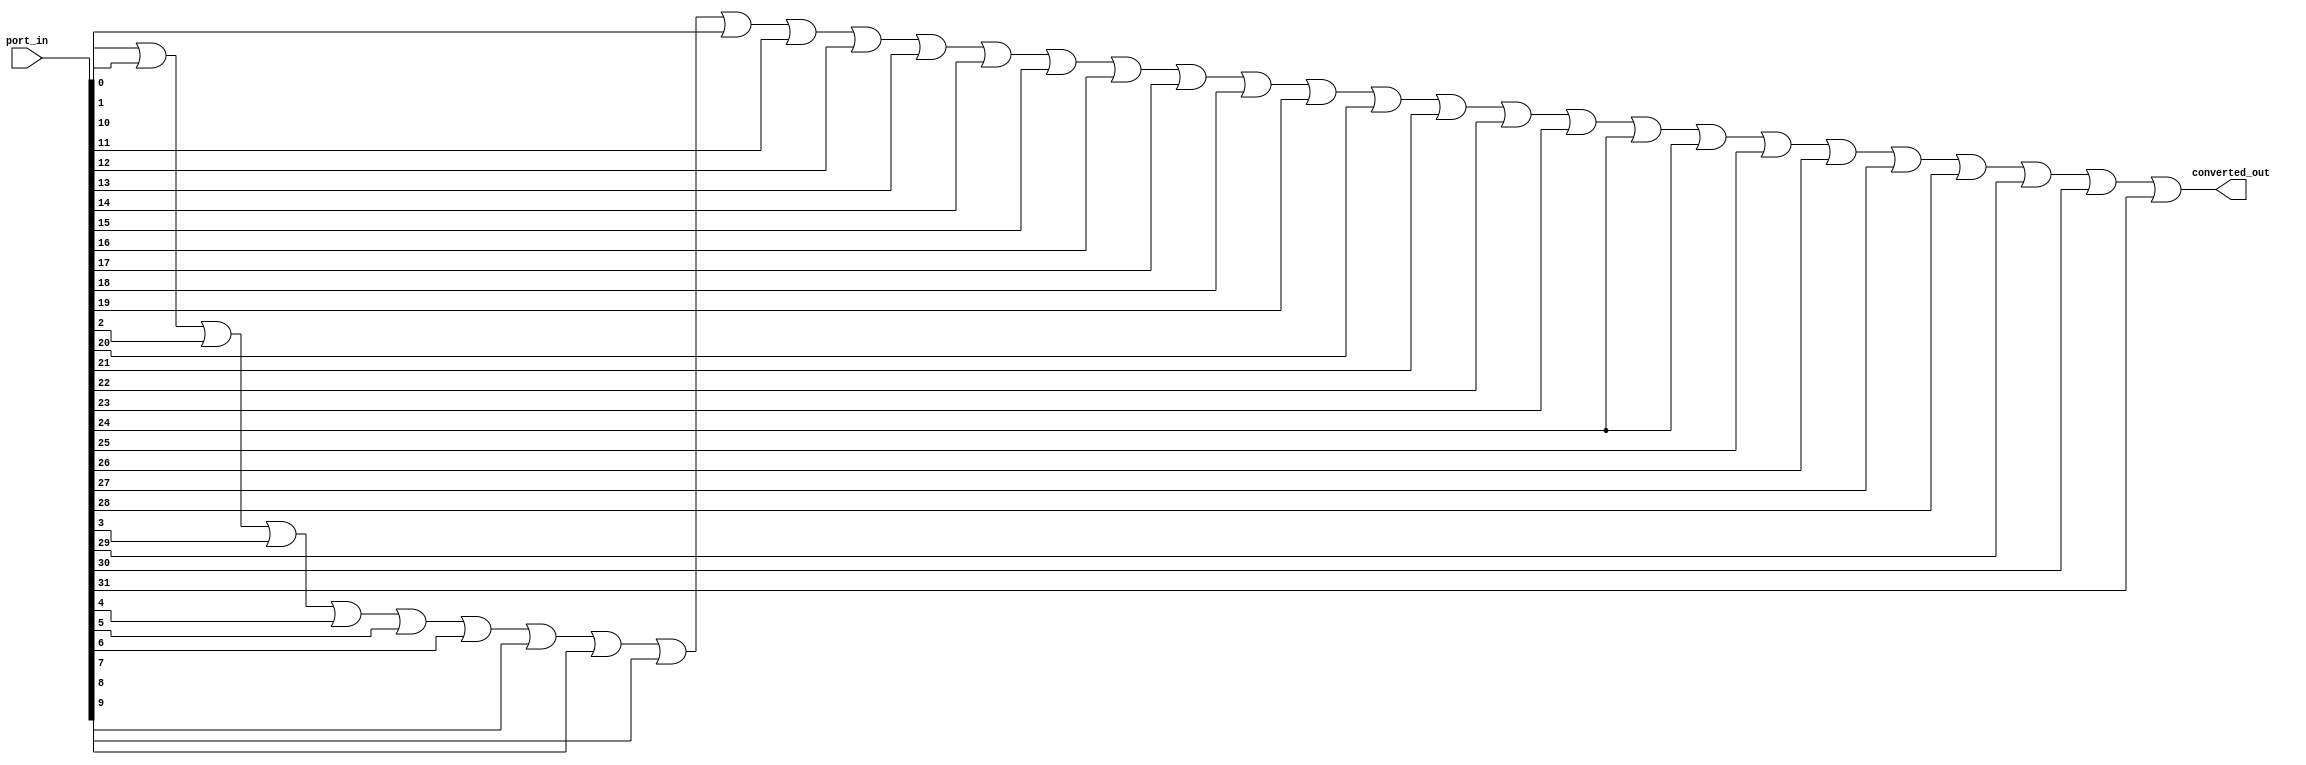
module to1_convertor(input [31:0] port_in, output converted_out);

    assign converted_out = port_in[0] | port_in[1] | port_in[2] | port_in[3] |
    port_in[4] | port_in[5] | port_in[6] | port_in[7] | port_in[8] | port_in[9] |
    port_in[10] | port_in[11] | port_in[12] | port_in[13] | port_in[14] | port_in[15] |
    port_in[16] | port_in[17] | port_in[18] | port_in[19] | port_in[20] | port_in[21] |
    port_in[22] | port_in[23] | port_in[24] | port_in[24] | port_in[25] | port_in[26] |
    port_in[27] | port_in[28] | port_in[29] | port_in[30] | port_in[31];

endmodule